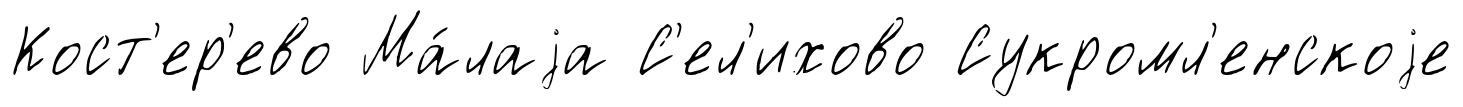
Кост'ер'ево Ма́лаjа С'ел'ихово Сукромл'енскоjе